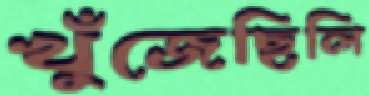
খুঁজেছিলি